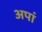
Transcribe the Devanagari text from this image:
अपां